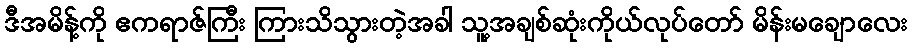
ဒီအမိန့်ကို ဧကရာဇ်ကြီး ကြားသိသွားတဲ့အခါ သူ့အချစ်ဆုံးကိုယ်လုပ်တော် မိန်းမချောလေး